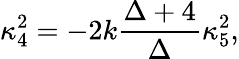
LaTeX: \kappa_{4}^{2}=-2k\frac{\Delta+4}{\Delta}\kappa_{5}^{2},